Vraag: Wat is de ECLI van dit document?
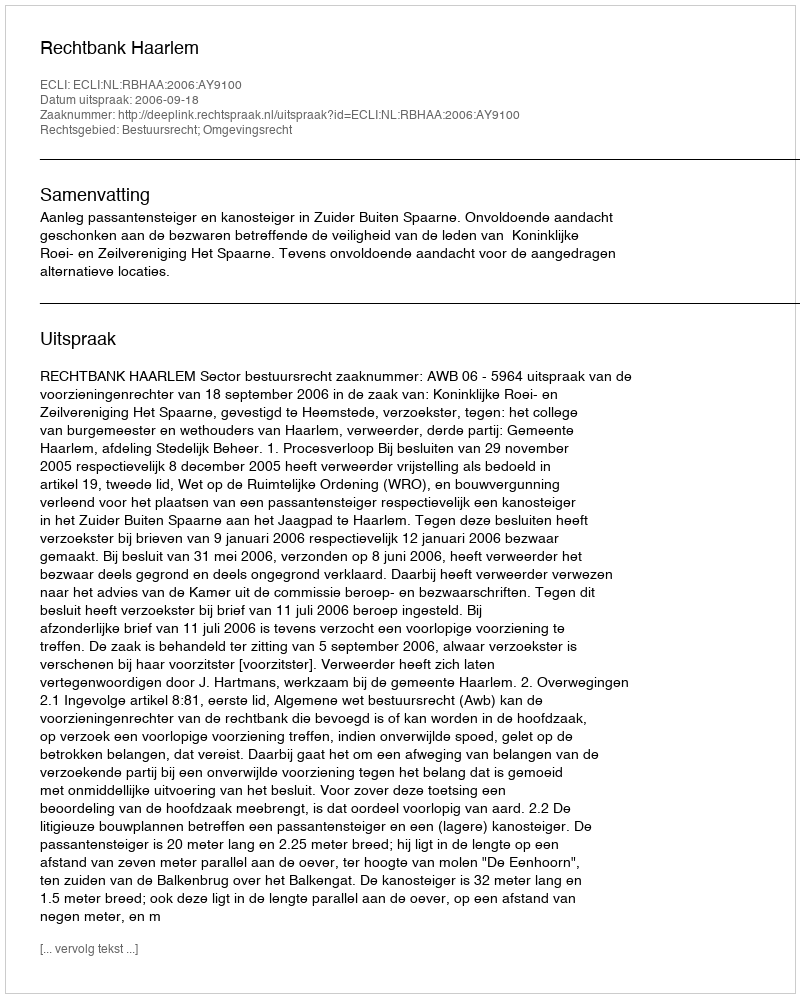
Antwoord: ECLI:NL:RBHAA:2006:AY9100